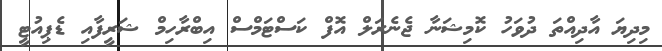
މިދިޔަ އާދިއްތަ ދުވަހު ކޮމިޝަނާ ޖެނެރަލް އޮފް ކަސްޓަމްސް އިބްރާހިމް ޝަރީފާއި ޑެޕިއުޓީ